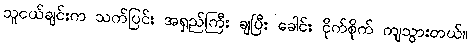
သူငယ်ချင်းက သက်ပြင်း အရှည်ကြီး ချပြီး ခေါင်း ငိုက်စိုက် ကျသွားတယ်။